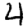
Digit: 4